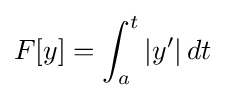
F[y]=\int _{a}^{t}|y'|\,dt